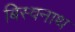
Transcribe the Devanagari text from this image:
बिस्वनाथ